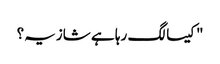
"کیسا لگ رہا ہے شازیہ؟